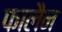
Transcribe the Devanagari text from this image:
फालैन